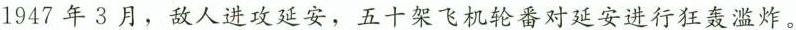
1947年3月，敌人进攻延安，五十架飞机轮番对延安进行狂轰滥炸。